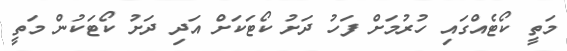
މަތީ ކޯޓެއްގައި ހުރުމަށް ފަހު ދަށު ކޯޓަކަށް އަދި ދަށު ކޯޓަކުން މަތީ